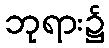
ဘုရား၌